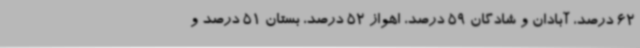
62 درصد، آبادان و شادگان 59 درصد، اهواز 52 درصد، بستان 51 درصد و